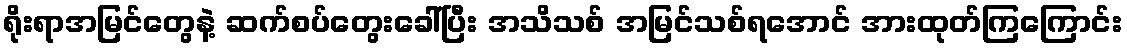
ရိုးရာအမြင်တွေနဲ့ ဆက်စပ်တွေးခေါ်ပြီး အသိသစ် အမြင်သစ်ရအောင် အားထုတ်ကြကြောင်း